Vaccination in the Punjab 1919-1929 - 1919-1929
Year: 1919
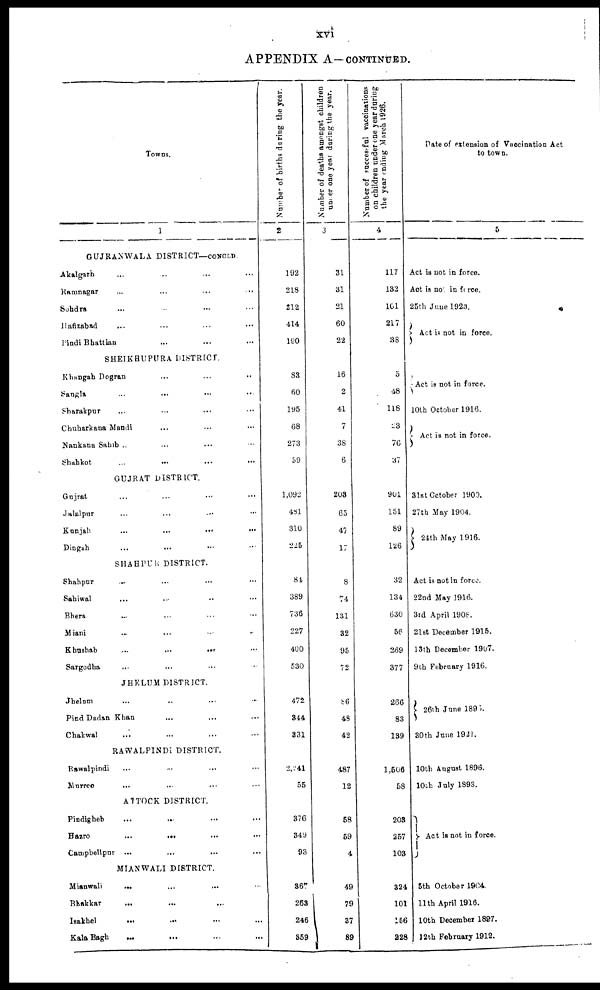
xvi
APPENDIX A-CONTINUED.
Towns.
1
GUJRANWALA DISTRICT—CONCLD
Akalgarh ... ... ... ...
Ramnagar ... ... ... ...
Sohdra ... ... ... ...
Hafizabad ... ... ... ...
Pindi Bhattian ... ... ... ...
SHEIKHUPURA DISTRICT.
Khangah Dogran ... ... ...
Sangla ... ... ... ...
Sharakpur ... ... ... ...
Chuharkana Mandi ... ... ...
Nankana Sahib ... ... ... ...
Shahkot
...
...
...
...
GUJRAT DISTRICT.
Gujrat ... ... ... ...
Jalalpur ... ... ... ...
Kunjah
...
...
...
...
Dingah ... ... ... ...
SHAHPUR DISTRICT.
Shahpur ... ... ... ...
Sahiwal ... ... ... ...
Bhera ... ... ... ...
Miani ... ... ... ...
Khushab
...
...
... ...
Sargodha ... ... ... ...
JHELUM DISTRICT.
Jhelum ... ... ... ...
Pind Dadan Khan ... ... ...
Chakwal ... ... ... ...
RAWALPINDI DISTRICT.
Rawalpindi ... ... ... ...
Murree ... ... ... ...
ATTOCK DISTRICT.
Pindlgheb
...
... ... ...
Hazro
...
... ... ...
Campbellpur ... ... ... ...
MIANWALI DISTRICT.
Mianwali
... ... ... ...
Bhakkar ... ... ... ...
Isakhel ... ... ... ...
Kal Bagh ... ... ... ...
Number of births during the year.
2
192
218
212
414
190
83
60
195
68
273
59
1,092
481
310
225
81
389
736
227
400
530
472
844
831
2,241
55
376
349
93
367
263
246
859
Number of deaths amongst children
under one year during the year.
3
31
31
21
60
22
16
2
41
7
38
6
203
65
47
17
8
74
131
32
95
72
86
48
42
487
12
58
59
4
49
79
37
89
Number of successful vaccinations
on children under one year during
the year ending March 1926.
4
117
132
101
217
38
5
48
118
23
76
37
901
151
89
126
32
134
630
56
269
377
266
83
139
1,506
58
203
257
103
324
101
156
228
Date of extension of Vaccination Act
to town.
5
Act is not in force.
Act is not in force.
25th June 1923.
Act is not in force.
Act is not in force.
10th October 1916.
Act is not in force.
31st October 1900.
27th May 1904.
24th May 1916.
Act is not in force.
22nd May 1916.
3rd April 1908.
21st December 1915.
13th December 1907.
9th February 1916.
26th June 1890.
30th June 1921.
10th August 1896.
10th July 1893.
Act is not in force.
5th October 1904
11th April 1916.
10th December 1897.
12th February 1912.